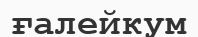
ғалейкум